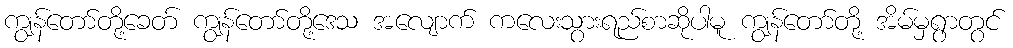
ကျွန်တော်တို့ခေတ် ကျွန်တော်တို့ဒေသ အလျောက် ကလေးသွားရည်စာဆိုပါမူ ကျွန်တော်တို့ အိမ်မှရွာတွင်